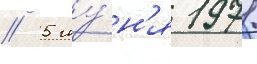
// 5 иу́н'я 1971